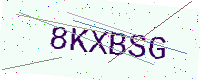
Text: 8KXBSG